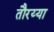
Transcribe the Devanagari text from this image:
तौरय्या